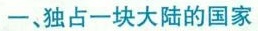
一、独占一块大陆的国家